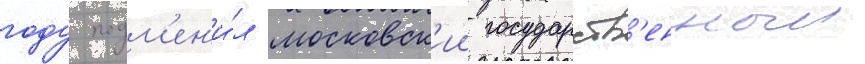
году подм'ен'и́л московск'ии государств'енныи